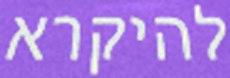
להיקרא